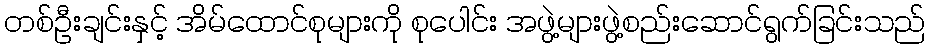
တစ်ဦးချင်းနှင့် အိမ်ထောင်စုများကို စုပေါင်း အဖွဲ့များဖွဲ့စည်းဆောင်ရွက်ခြင်းသည်